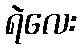
ရဲလေး